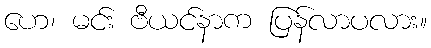
ဟေ၊ မင်း ဗီယင်နာက ပြန်လာပလား။